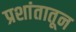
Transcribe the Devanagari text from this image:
प्रशांतातून